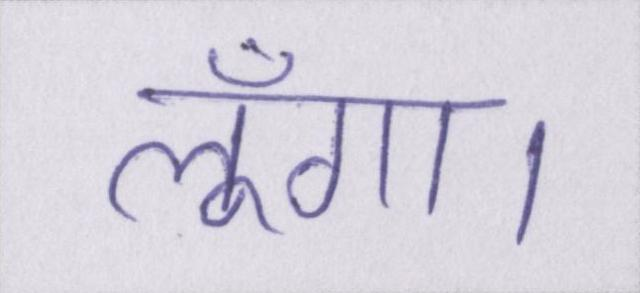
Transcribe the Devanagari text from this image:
लूँगा।